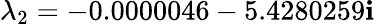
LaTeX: \lambda_{2}=-0.0000046-5.4280259\mathbf{i}